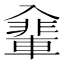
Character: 𠓽